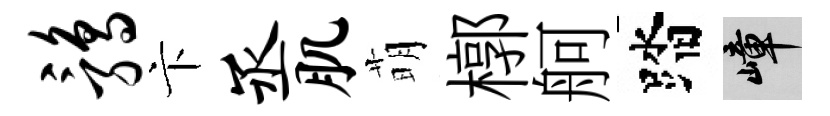
鹑卞丞肌萌槨舸踏嶂